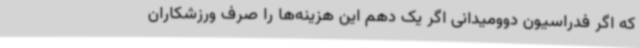
که اگر فدراسیون دوومیدانی اگر یک دهم این هزینه‌ها را صرف ورزشکاران